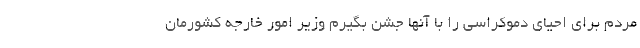
مردم برای احیای دموکراسی را با آنها جشن بگیرم وزیر امور خارجه کشورمان